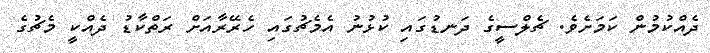
ދެއްކުމުން ކަމަށެެވެ. ޗެލްސީގެ ދަނޑުގައި ކުޅުނު އެމެޗުގައި ހެރޭރާއަށް ރަތްކާޑު ދެއްކީ މެޗުގެ